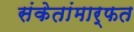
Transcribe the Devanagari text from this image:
संकेतांमार्फत